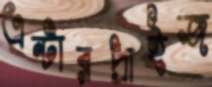
এন্টারপ্রাইজ